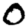
Digit: 0